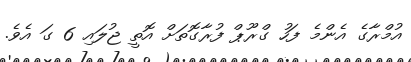
އުމްރާގެ އެންމެ ފަހު ގްރޫޕް ފުރާގޮތަށް އޮތީ ޖުލައި 6 ގަ އެވެ.